Plague in India, 1896, 1897 - Volume 1
Year: 1896
Disease focus: Plague
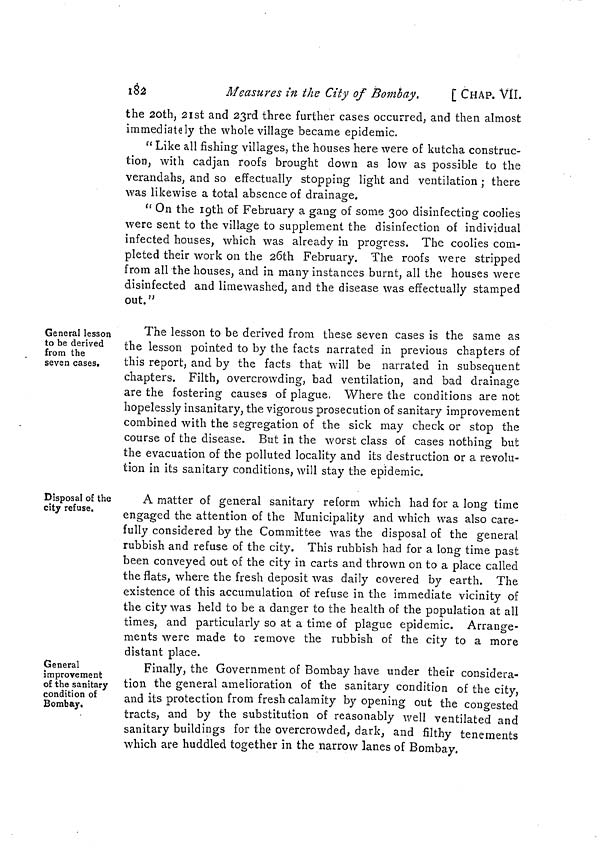
182
Measures in the City of Bombay.
[ CHAP. VII.
the 20th, 21st and 23rd three further cases occurred, and then almost
immediately the whole village became epidemic.
" Like all fishing villages, the houses here were of kutcha construc-
tion, with cadjan roofs brought down as low as possible to the
verandahs, and so effectually stopping light and ventilation ; there
was likewise a total absence of drainage.
" On the 19th of February a gang of some 300 disinfecting coolies
were sent to the village to supplement the disinfection of individual
infected houses, which was already in progress. The coolies com-
pleted their work on the 26th February. The roofs were stripped
from all the houses, and in many instances burnt, all the houses were
disinfected and limewashed, and the disease was effectually stamped
out."
General lesson
to be derived
from the
seven cases.
The lesson to be derived from these seven cases is the same as
the lesson pointed to by the facts narrated in previous chapters of
this report, and by the facts that will be narrated in subsequent
chapters. Filth, overcrowding, bad ventilation, and bad drainage
are the fostering causes of plague. Where the conditions are not
hopelessly insanitary, the vigorous prosecution of sanitary improvement
combined with the segregation of the sick may check or stop the
course of the disease. But in the worst class of cases nothing but
the evacuation of the polluted locality and its destruction or a revolu-
tion in its sanitary conditions, will stay the epidemic.
Disposal of the
city refuse.
A matter of general sanitary reform which had for a long time
engaged the attention of the Municipality and which was also care-
fully considered by the Committee was the disposal of the general
rubbish and refuse of the city. This rubbish had for a long time past
been conveyed out of the city in carts and thrown on to a place called
the flats, where the fresh deposit was daily covered by earth. The
existence of this accumulation of refuse in the immediate vicinity of
the city was held to be a danger to the health of the population at all
times, and particularly so at a time of plague epidemic. Arrange-
ments were made to remove the rubbish of the city to a more
distant place.
General
improvement
of the sanitary
condition of
Bombay,
Finally, the Government of Bombay have under their considera-
tion the general amelioration of the sanitary condition of the city,
and its protection from fresh calamity by opening out the congested
tracts, and by the substitution of reasonably well ventilated and
sanitary buildings for the overcrowded, dark, and filthy tenements
which are huddled together in the narrow lanes of Bombay.